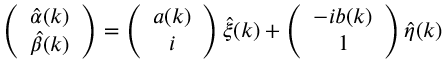
\left( \begin{array} { c } { { \hat { \alpha } ( k ) } } \\ { { \hat { \beta } ( k ) } } \end{array} \right) = \left( \begin{array} { c } { { { a } ( k ) } } \\ { { i } } \end{array} \right) \hat { \xi } ( k ) + \left( \begin{array} { c } { { - i { b } ( k ) } } \\ { { 1 } } \end{array} \right) \hat { \eta } ( k )